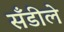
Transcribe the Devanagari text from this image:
सँडीले